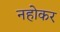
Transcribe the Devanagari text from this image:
नहोकर